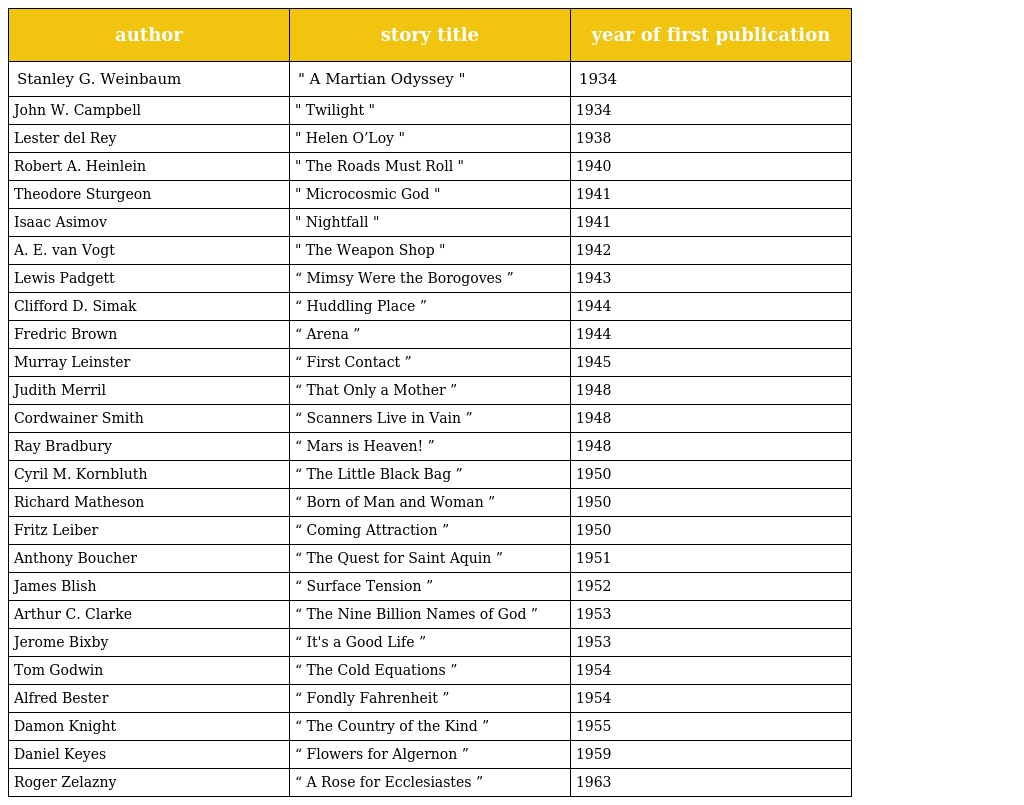
| author | story title | year of first publication |
 | --- | --- | --- |
 | Stanley G. Weinbaum | " A Martian Odyssey " | 1934 |
 | John W. Campbell | " Twilight " | 1934 |
 | Lester del Rey | " Helen O’Loy " | 1938 |
 | Robert A. Heinlein | " The Roads Must Roll " | 1940 |
 | Theodore Sturgeon | " Microcosmic God " | 1941 |
 | Isaac Asimov | " Nightfall " | 1941 |
 | A. E. van Vogt | " The Weapon Shop " | 1942 |
 | Lewis Padgett | “ Mimsy Were the Borogoves ” | 1943 |
 | Clifford D. Simak | “ Huddling Place ” | 1944 |
 | Fredric Brown | “ Arena ” | 1944 |
 | Murray Leinster | “ First Contact ” | 1945 |
 | Judith Merril | “ That Only a Mother ” | 1948 |
 | Cordwainer Smith | “ Scanners Live in Vain ” | 1948 |
 | Ray Bradbury | “ Mars is Heaven! ” | 1948 |
 | Cyril M. Kornbluth | “ The Little Black Bag ” | 1950 |
 | Richard Matheson | “ Born of Man and Woman ” | 1950 |
 | Fritz Leiber | “ Coming Attraction ” | 1950 |
 | Anthony Boucher | “ The Quest for Saint Aquin ” | 1951 |
 | James Blish | “ Surface Tension ” | 1952 |
 | Arthur C. Clarke | “ The Nine Billion Names of God ” | 1953 |
 | Jerome Bixby | “ It's a Good Life ” | 1953 |
 | Tom Godwin | “ The Cold Equations ” | 1954 |
 | Alfred Bester | “ Fondly Fahrenheit ” | 1954 |
 | Damon Knight | “ The Country of the Kind ” | 1955 |
 | Daniel Keyes | “ Flowers for Algernon ” | 1959 |
 | Roger Zelazny | “ A Rose for Ecclesiastes ” | 1963 |